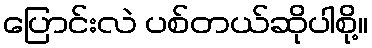
ပြောင်းလဲ ပစ်တယ်ဆိုပါစို့။